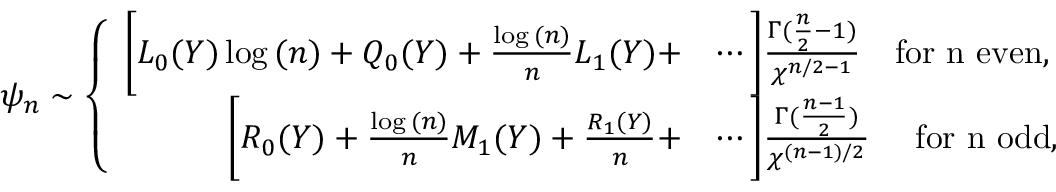
\psi _ { n } \sim \left\{ \begin{array} { r l } { \bigg [ L _ { 0 } ( Y ) \log { ( n ) } + Q _ { 0 } ( Y ) + \frac { \log { ( n ) } } { n } L _ { 1 } ( Y ) + } & { \cdots \bigg ] \frac { \Gamma ( \frac { n } { 2 } - 1 ) } { \chi ^ { n / 2 - 1 } } \quad \mathrm { f o r ~ n ~ e v e n } , } \\ { \bigg [ R _ { 0 } ( Y ) + \frac { \log { ( n ) } } { n } M _ { 1 } ( Y ) + \frac { R _ { 1 } ( Y ) } { n } + } & { \cdots \bigg ] \frac { \Gamma ( \frac { n - 1 } { 2 } ) } { \chi ^ { ( n - 1 ) / 2 } } \quad ~ \mathrm { f o r ~ n ~ o d d } , } \end{array} \right.